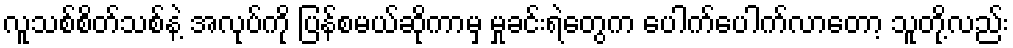
လူသစ်စိတ်သစ်နဲ့ အလုပ်ကို ပြန်စမယ်ဆိုကာမှ မှုခင်းရဲတွေက ပေါက်ပေါက်လာတော့ သူတို့လည်း